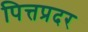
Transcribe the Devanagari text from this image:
पित्तप्रदर